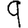
Digit: 9